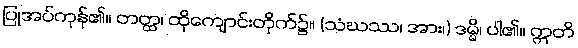
ပြုအပ်ကုန်၏။ တတ္ထ၊ ထိုကျောင်းတိုက်၌။ (သံဃဿ၊ အား၊) ဒမ္မိ၊ ပါ၏။ ဣတိ